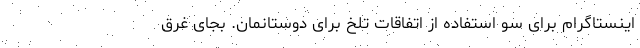
اینستاگرام برای سو استفاده از اتفاقات تلخ برای دوستانمان. بجای غرق